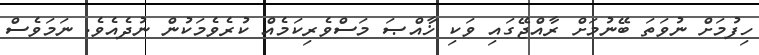
ހިފުމަށް ނުވަތަ ބޭނުމަށް ރާއްޖޭގައި ވަކި ޚާއްޞަ މަސްވެރިކަމެއް ކުރެވެމަކުން ނުދެއެވެ. ނަމަވެސް